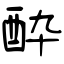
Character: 酔